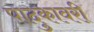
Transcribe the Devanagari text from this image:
पादुकावरी